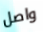
واصل